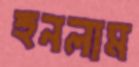
হুনলাম